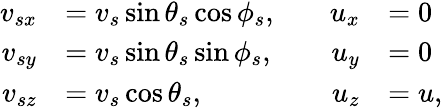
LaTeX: \begin{array}{rlrl}{v_{sx}}&{=v_{s}\sin\theta_{s}\cos\phi_{s},\quad}&{u_{x}}&{=0}\\ {v_{sy}}&{=v_{s}\sin\theta_{s}\sin\phi_{s},\quad}&{u_{y}}&{=0}\\ {v_{sz}}&{=v_{s}\cos\theta_{s},\quad}&{u_{z}}&{=u,}\end{array}